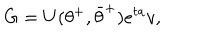
LaTeX: G = U ( \theta ^ { + } , \bar { \theta } ^ { + } ) e ^ { t a } v ,